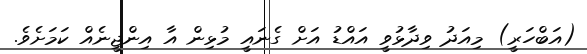
(އަބްހަރީ) މިއަދު ވިދާޅުވީ އައްޑު އަށް ގެނައީ މުޅިން އާ އިންޖީނެއް ކަމަށެވެ.